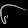
Digit: ၆